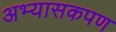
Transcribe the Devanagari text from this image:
अभ्यासकपण